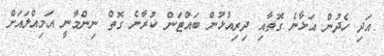
އަދި ހެދުން އަޅާނެ ގޮތާއި ދިރިއުޅުން ބައްޓަން ކުރާނެ ގޮތް ނިންމާނީ އަމިއްލައަށް